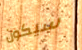
سيكون